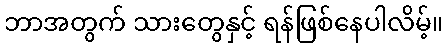
ဘာအတွက် သားတွေနှင့် ရန်ဖြစ်နေပါလိမ့်။